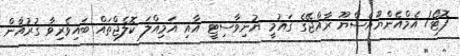
ފޮޓޯ/ އެމްއެންޔޫއެސްޔޫ ރާއްޖޭގެ ގައުމީ ޔުނިވާސިޓީ އާއި އަމިއްލަ ކޮލެޖްތައް ބައިވެރިވާ ގުރުއާން